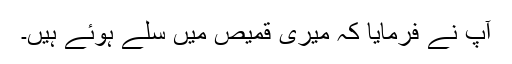
آپ نے فرمایا کہ میری قمیص میں سلے ہوئے ہیں۔